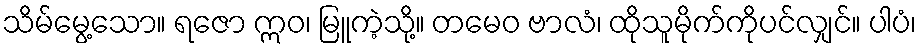
သိမ်မွေ့သော။ ရဇော ဣဝ၊ မြူကဲ့သို့။ တမေဝ ဗာလံ၊ ထိုသူမိုက်ကိုပင်လျှင်။ ပါပံ၊